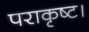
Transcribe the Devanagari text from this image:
पराकृष्ट।